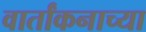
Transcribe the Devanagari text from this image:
वार्तांकनाच्या